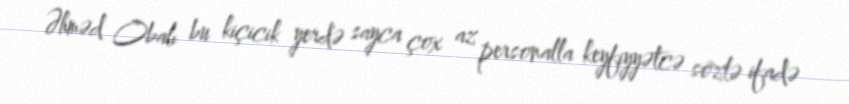
Əhməd Obalı bu kiçicik yerdə sayca çox az personalla keyfiyyətcə sözlə ifadə